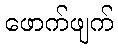
ဖောက်ဖျက်